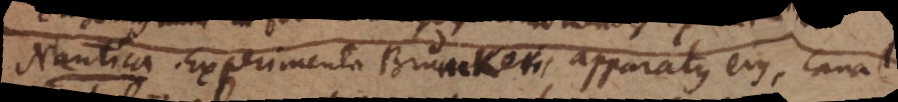
Nautica. Experimenta Brunckeri, apparatus ejus, canal